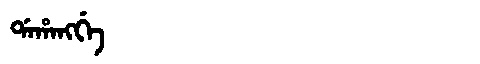
Manchu: ᡩᠠᡥᠠᠩᡤᡝ
Romanization: DAHANGGE